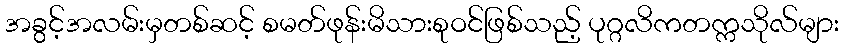
အခွင့်အလမ်းမှတစ်ဆင့် စမတ်ဖုန်းမိသားစုဝင်ဖြစ်သည့် ပုဂ္ဂလိကတက္ကသိုလ်များ